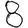
Digit: 8